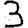
Digit: 3